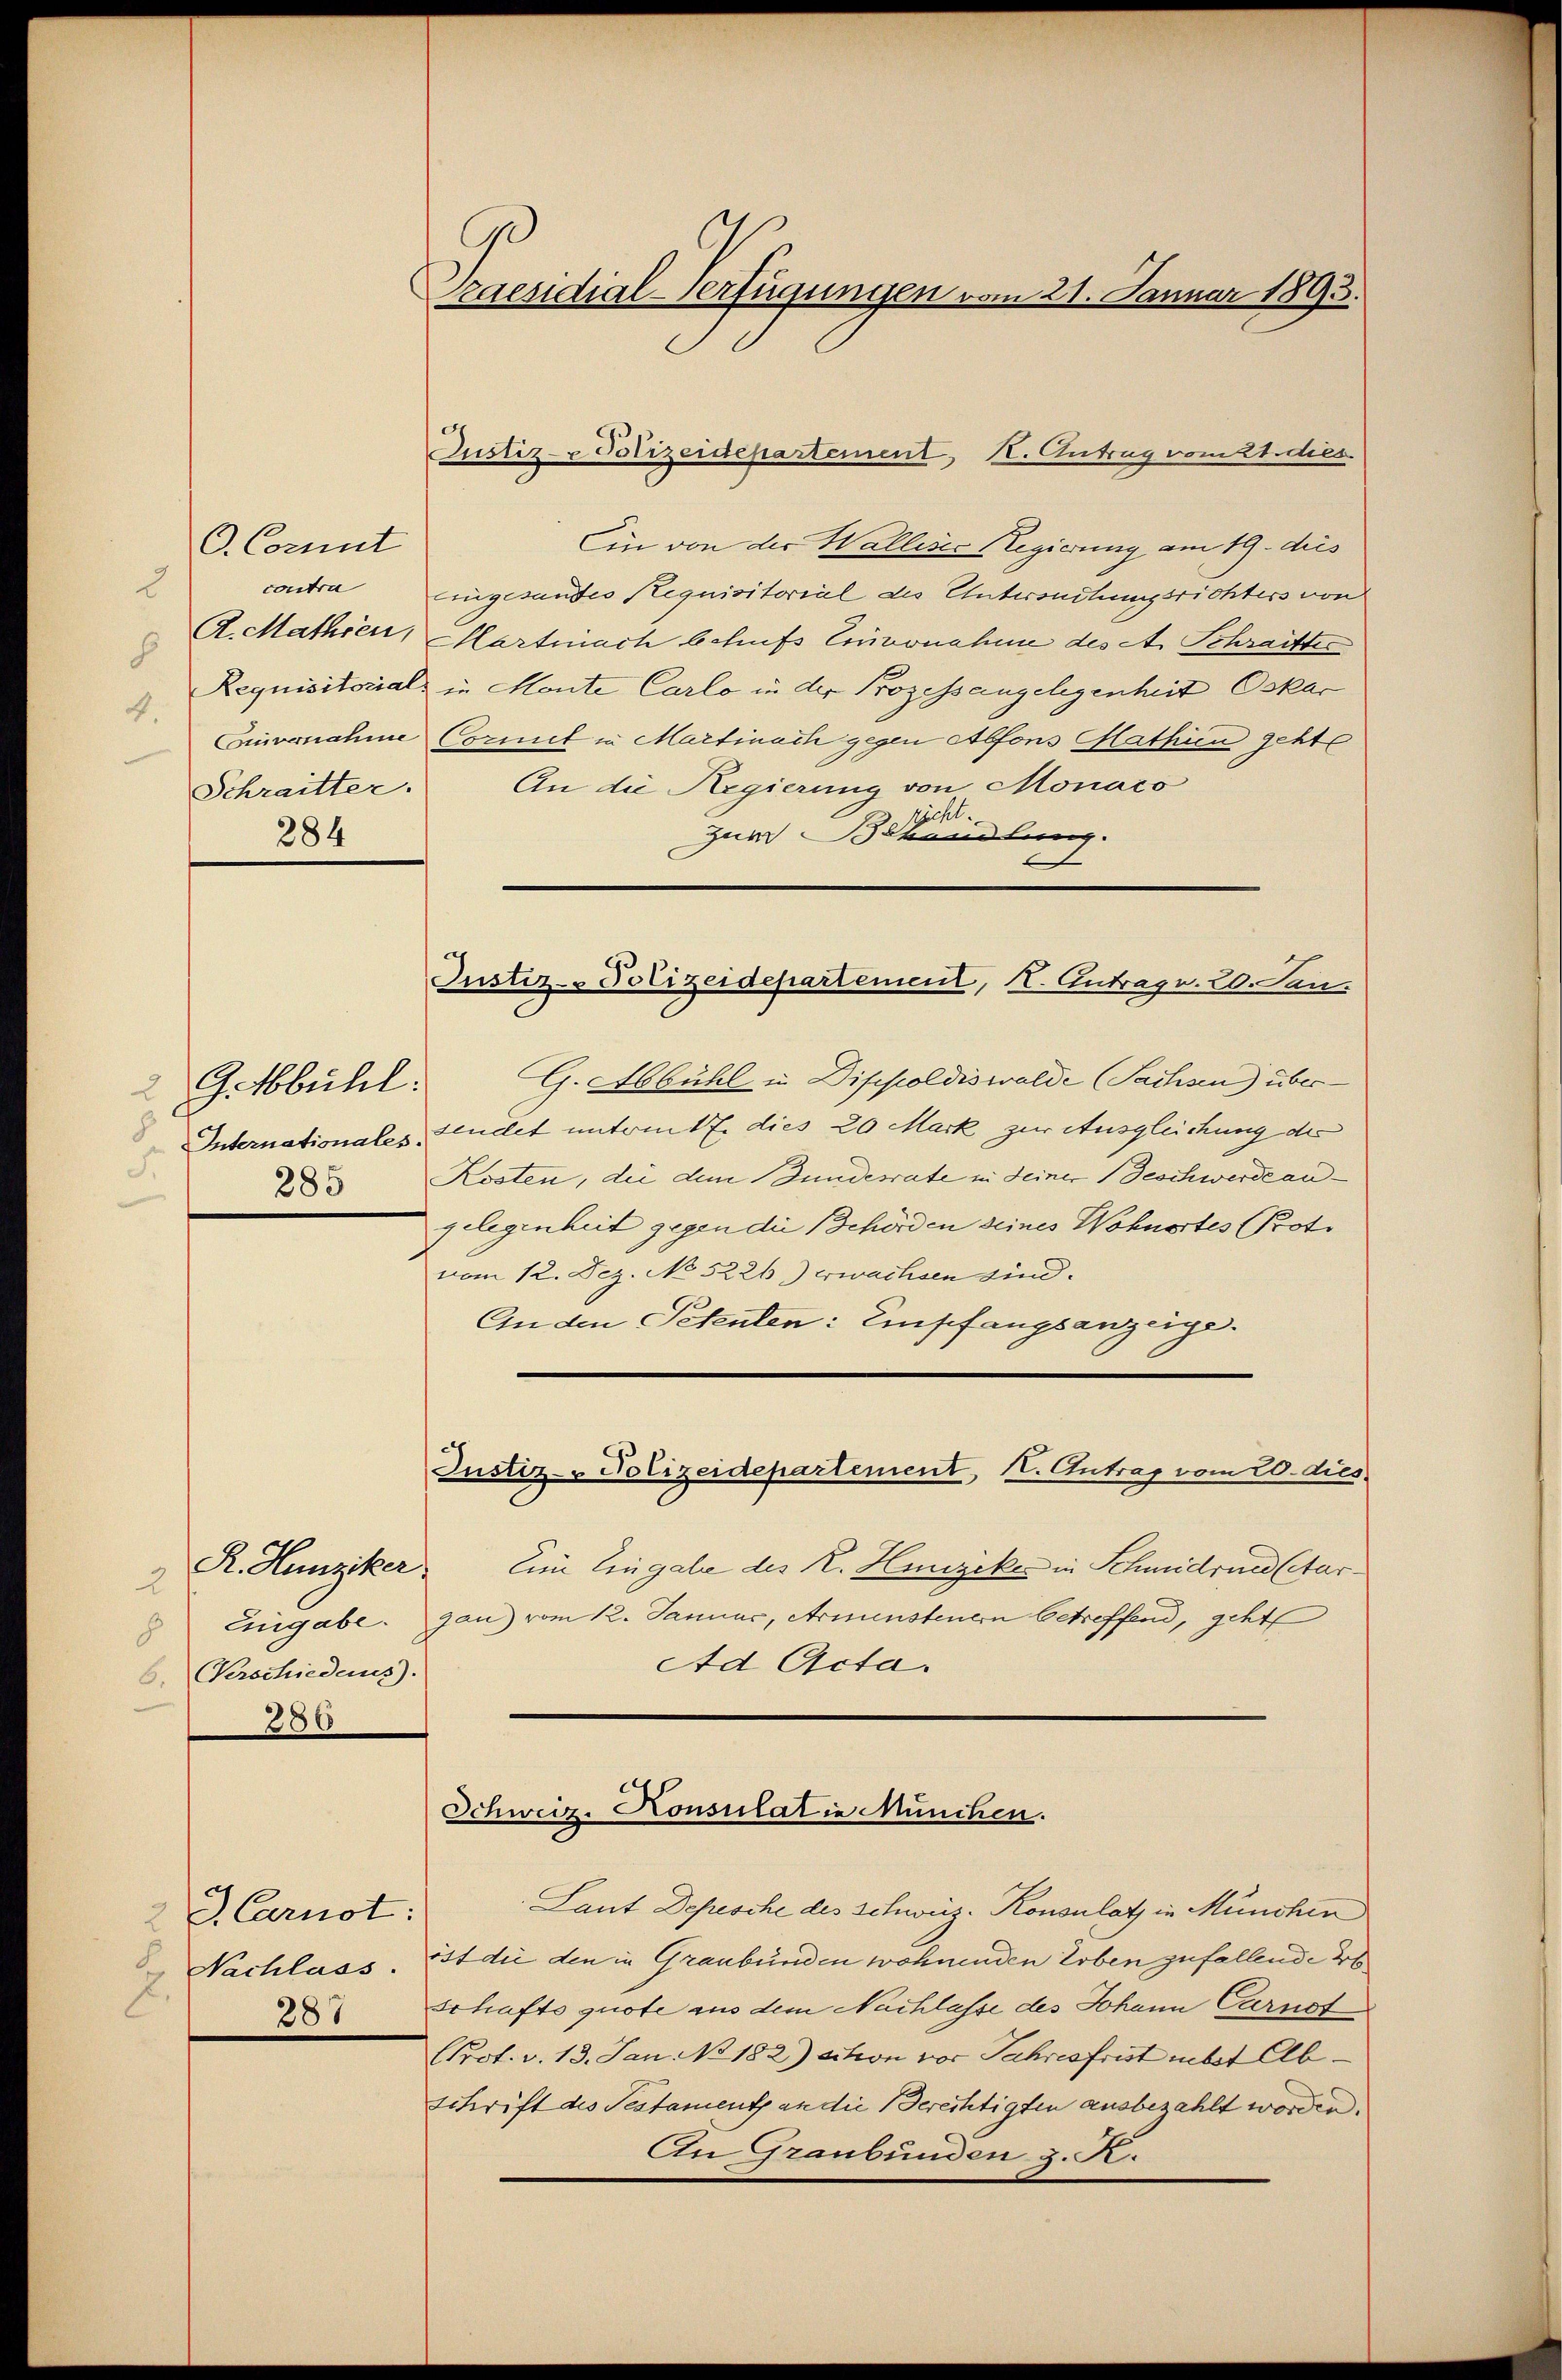
d

Ein von der Wallises Regierung am 19. dies
contra eingesandes Requisitorial des Untersuchungsrichters von
A. Mathien, Martinach behufs Einvenahme des A. Schraitter
Requisitorial in Monte Carlo in der Prozessangelegenheit Oskar
4.
Einvernahme Cornet in Martinach gegen Alfons Mathien geht
An die Regierung von Monaco
Schraitter.
sieht.
zum Behandlung.
G. Abbühl in Dippoldiswalde (Sachsen) über¬
29. Abbühl:
Internationales, findet unterm 17. dies 20 Mark zur Ausgleichung des
8
3 Kosten, die dem Bundesrate in seiner Beschwerde angelegenheit gegen die Behörden seines Wohnortes Proto
vom 12. Dez. No 5226.) erwachsen sind.
An den Petenten: Empfangsanzeige.
Justiz- Polizeidepartement, II. Antrag vom 20. dies
R. Hunziker. Eine Eingabe des R. Hunziker in Schmidrued (Aar¬
2
Eingabe gan vom 12. Januar, Armensteuern betreffend, geht
8
Ad Acta.
6. Verschiedens).
286

O. Comit

284

J. Carnot:
2
 Nachlass.
f
287

raesidial-Verfügungen vom 21. Januar 1893.

Justiz- & Polizeidepartement, I. Antrag vom 21. dies

Justiz-Polizeidepartement, I. Antrag. 20. Jan.

Schweiz. Konsulat in München.

Laut Depesche des Schweiz. Konsulat in München
öst die den in Graubünden wohnenden Erben zufallende B
schafts quote aus dem Nachlasse des Johann Carnot
Prot. v. 13. Jan. No. 182) cition vor Jahresfrist nebst Ab¬
Schrift des Pestament an die Berechtigten ausbezahlt worden.
An Graubünden z. B.